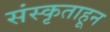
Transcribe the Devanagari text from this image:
संस्कृताहून